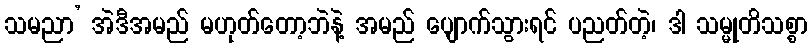
သမညာ’ အဲဒီအမည် မဟုတ်တော့ဘဲနဲ့ အမည် ပျောက်သွားရင် ပညတ်တဲ့၊ ဒါ သမ္မုတိသစ္စာ